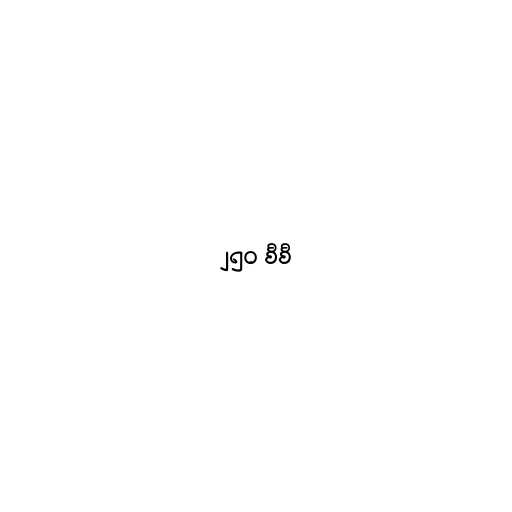
၂၅၀ စီစီ